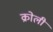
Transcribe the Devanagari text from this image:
क्रोली